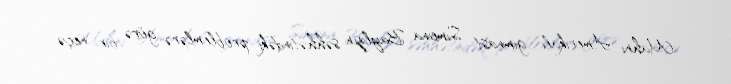
Mahnı Amerikalı gimnast Simona Baylzın səhhətindəki problemlərə görə bir neçə